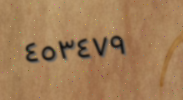
٤٥٣٤٧٩